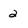
Character: 2